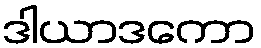
ဒါယာဒကော